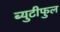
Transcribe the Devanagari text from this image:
ब्युटीफुल